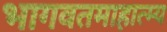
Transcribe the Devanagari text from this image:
भागवतमाहात्म्य